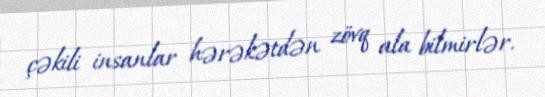
çəkili insanlar hərəkətdən zövq ala bilmirlər.